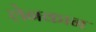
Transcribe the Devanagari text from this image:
लेनकान